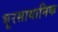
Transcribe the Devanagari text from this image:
भूरसायानिक